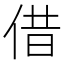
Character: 借